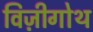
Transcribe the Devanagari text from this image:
विज़ीगोथ